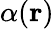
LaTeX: \alpha(\mathbf r)